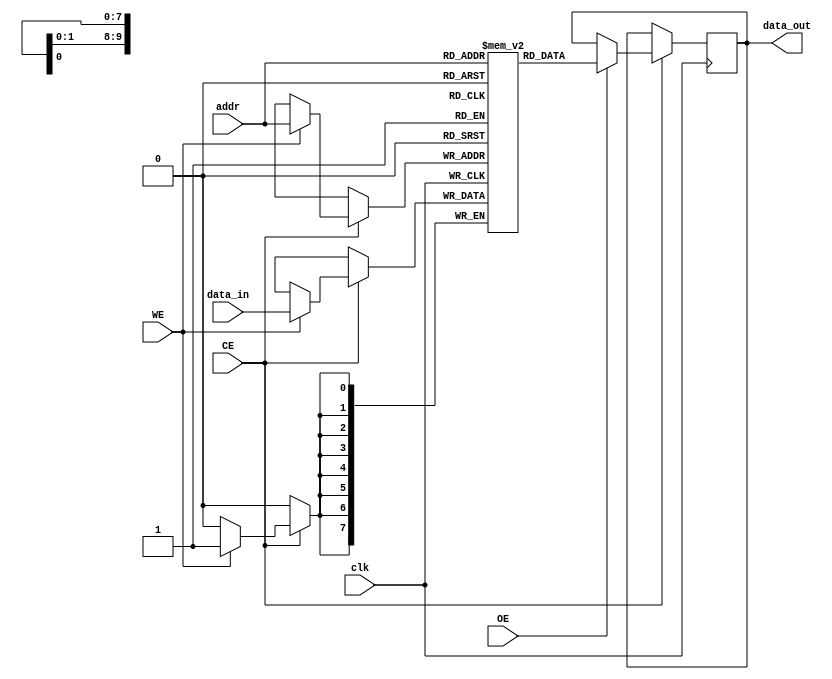
module LowPowerSRAM #(
    parameter ADDR_WIDTH = 10, // Address width (for 1K words)
    parameter DATA_WIDTH = 8    // Data width (8 bits)
)(
    input wire clk,              // Clock signal
    input wire CE,               // Chip Enable
    input wire WE,               // Write Enable
    input wire OE,               // Output Enable
    input wire [ADDR_WIDTH-1:0] addr, // Address input
    input wire [DATA_WIDTH-1:0] data_in, // Data input
    output reg [DATA_WIDTH-1:0] data_out // Data output
);

    // Memory array declaration
    reg [DATA_WIDTH-1:0] memory_array [(2**ADDR_WIDTH)-1:0];

    // Read and Write operations
    always @(posedge clk) begin
        if (CE) begin
            if (WE) begin
                // Write operation
                memory_array[addr] <= data_in;
            end
            if (OE) begin
                // Read operation
                data_out <= memory_array[addr];
            end
        end
    end

    // Optional: Implement low-power features (voltage scaling, etc.)
    // This can be done through additional logic or state machines
    // For simplicity, this example does not include those features

endmodule